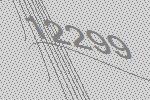
12299